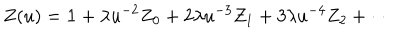
Z ( u ) = { \bf 1 } + \lambda u ^ { - 2 } Z _ { 0 } + 2 \lambda u ^ { - 3 } Z _ { 1 } + 3 \lambda u ^ { - 4 } Z _ { 2 } + \cdots